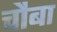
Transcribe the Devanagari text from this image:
चौबा